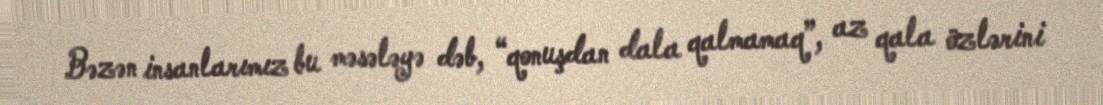
Bəzən insanlarımız bu məsələyə dəb, “qonuşdan dala qalmamaq”, az qala özlərini